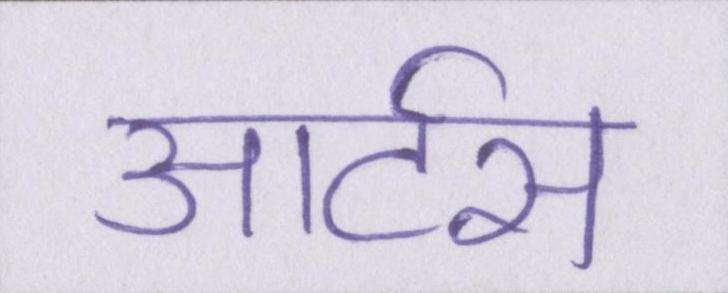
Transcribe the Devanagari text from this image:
आर्टस